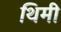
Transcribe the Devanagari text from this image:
थिमी